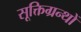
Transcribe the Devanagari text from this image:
सूक्तिग्रन्थों